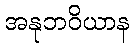
အနုဘဝိယာန